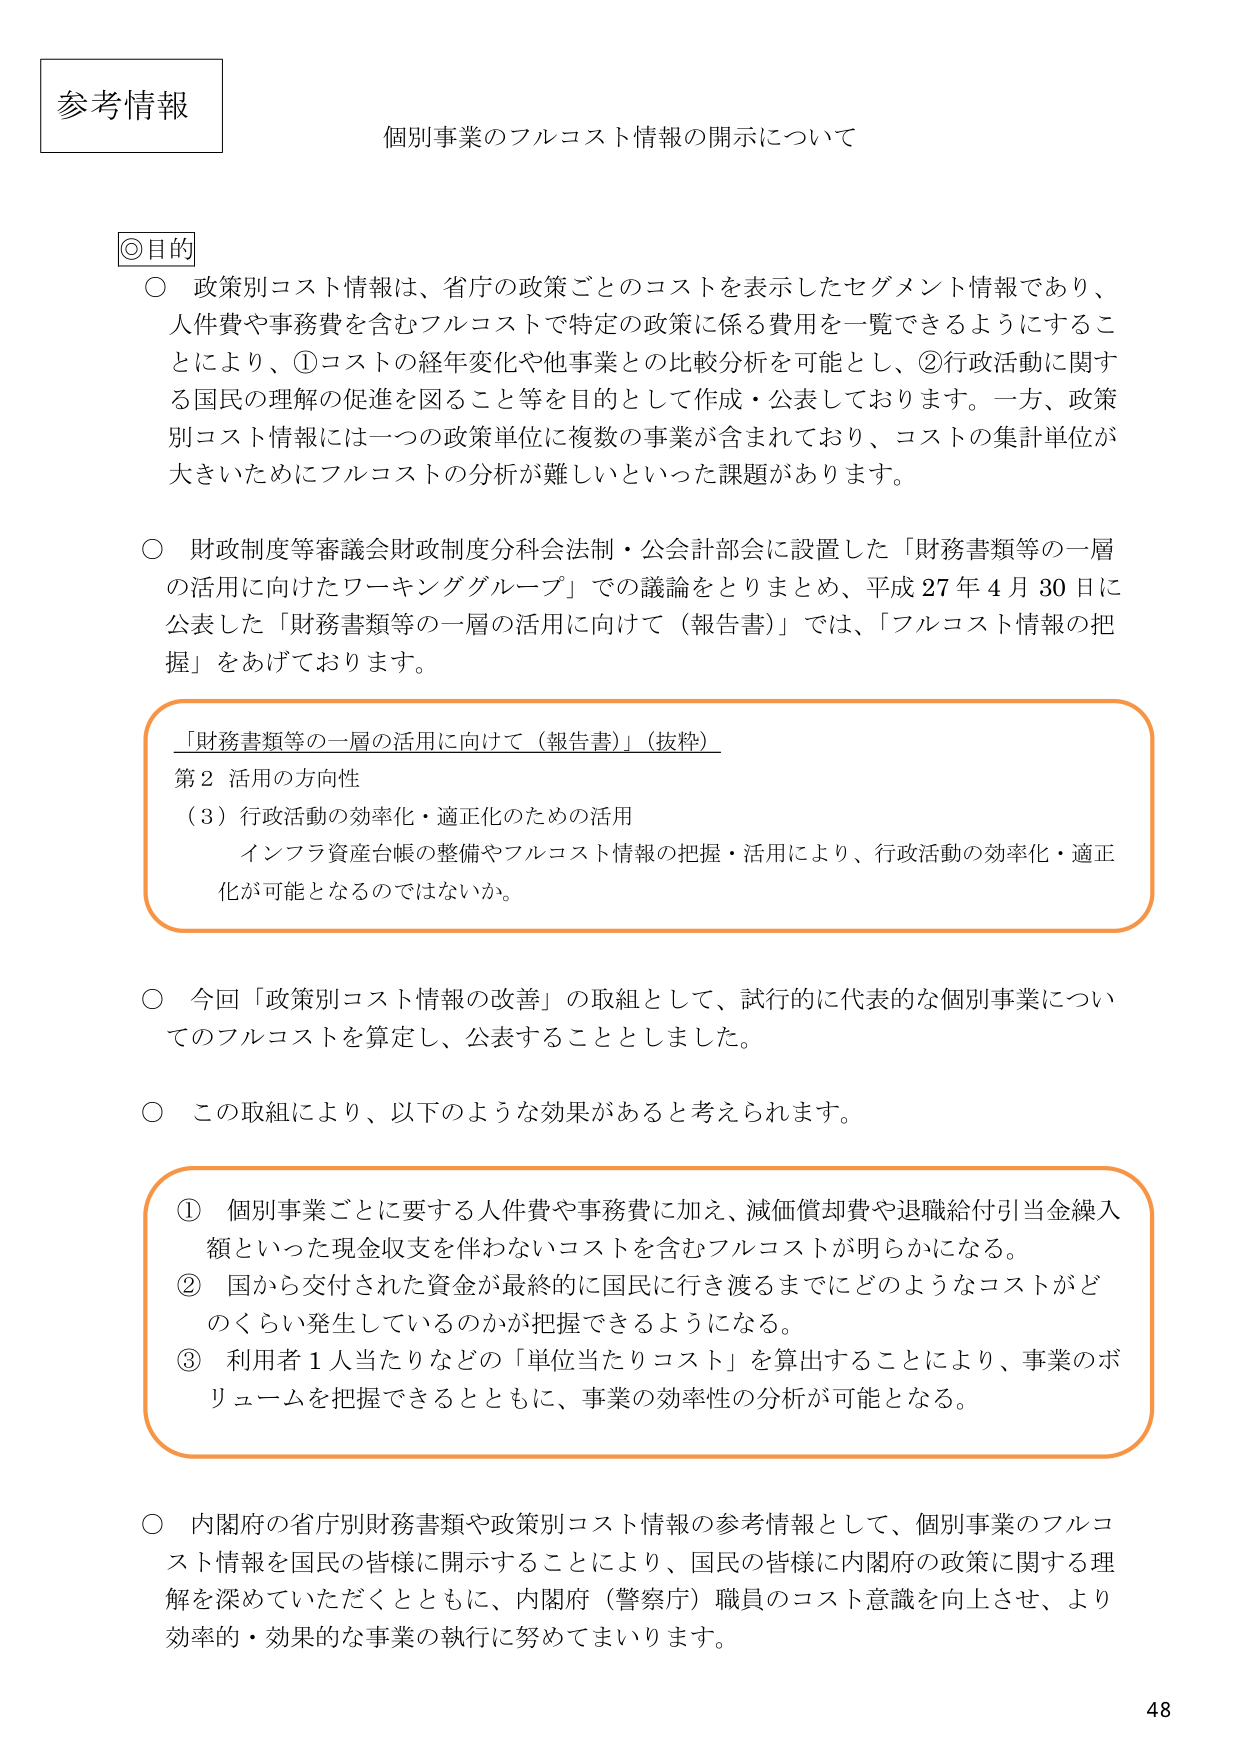
参考情報

個別事業のフルコスト情報の開示について

◎目的

○ 政策別コスト情報は、省庁の政策ごとのコストを表示したセグメント情報であり、人件費や事務費を含むフルコストで特定の政策に係る費用を一覧できるようにすることにより、①コストの経年変化や他事業との比較分析を可能とし、②行政活動に関する国民の理解の促進を図ること等を目的として作成・公表しております。一方、政策別コスト情報には一つの政策単位に複数の事業が含まれており、コストの集計単位が大きいためにフルコストの分析が難しいといった課題があります。

○ 財政制度等審議会財政制度分科会法制・公会計部会に設置した「財務書類等の一層の活用に向けたワーキンググループ」での議論をとりまとめ、平成27年4月30日に公表した「財務書類等の一層の活用に向けて（報告書）」では、「フルコスト情報の把握」をあげております。

「財務書類等の一層の活用に向けて（報告書）」（抜粋）
第2 活用の方向性
（3）行政活動の効率化・適正化のための活用
インフラ資産台帳の整備やフルコスト情報の把握・活用により、行政活動の効率化・適正化が可能となるのではないか。

○ 今回「政策別コスト情報の改善」の取組として、試行的に代表的な個別事業についてのフルコストを算定し、公表することとしました。

○ この取組により、以下のような効果があると考えられます。

① 個別事業ごとに要する人件費や事務費に加え、減価償却費や退職給付引当金繰入額といった現金収支を伴わないコストを含むフルコストが明らかになる。
② 国から交付された資金が最終的に国民に行き渡るまでにどのようなコストがどのくらい発生しているのかが把握できるようになる。
③ 利用者1人当たりなどの「単位当たりコスト」を算出することにより、事業のボリュームを把握できるとともに、事業の効率性の分析が可能となる。

○ 内閣府の省庁別財務書類や政策別コスト情報の参考情報として、個別事業のフルコスト情報を国民の皆様に開示することにより、国民の皆様に内閣府の政策に関する理解を深めていただくとともに、内閣府（警察庁）職員のコスト意識を向上させ、より効率的・効果的な事業の執行に努めてまいります。

48